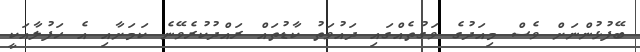
ބޭފުޅުންނަށް ވެސް މިއަދުގެ ވަގުތެއްގައި ދައުވަތު ކާޑުތައް ރައްދުކުރެވޭނެ ކަމަށާއި އެ ހަފުލާއަކީ